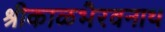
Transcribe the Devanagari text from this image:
श्रीकाळभैरवनाथ